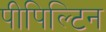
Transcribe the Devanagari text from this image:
पीपिल्टिन